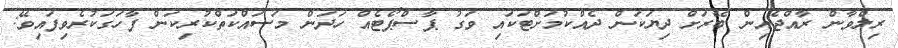
ރިލްވާން ރާއްޖެއިން ބޭރަށް ދިޔަކަން ދެއްކުމަށްޓަކައި ވަގު ޕާސްޕޯޓެއް ހަދަން މަސައްކަތްކުރިކަން ފާހަގަކުރެވިފައިވޭ: